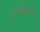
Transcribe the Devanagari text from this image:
जयनदिवर्मन्